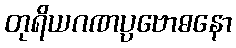
တုရိယဂဏပ္ပဗောဓနော